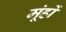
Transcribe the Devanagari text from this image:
मूंहों